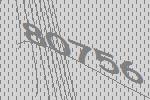
80756